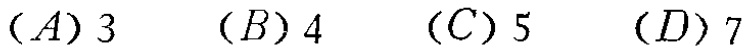
$(A)3\quad (B)4\quad (C)5\quad (D)7$